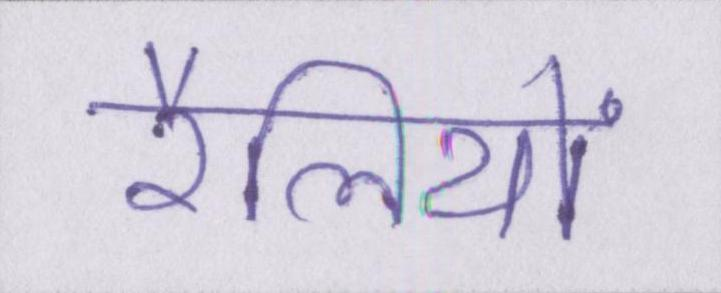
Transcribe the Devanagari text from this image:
रैलियों